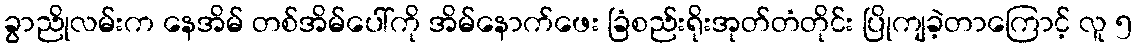
ခွာညိုလမ်းက နေအိမ် တစ်အိမ်ပေါ်ကို အိမ်နောက်ဖေး ခြံစည်းရိုးအုတ်တံတိုင်း ပြိုကျခဲ့တာကြောင့် လူ ၅